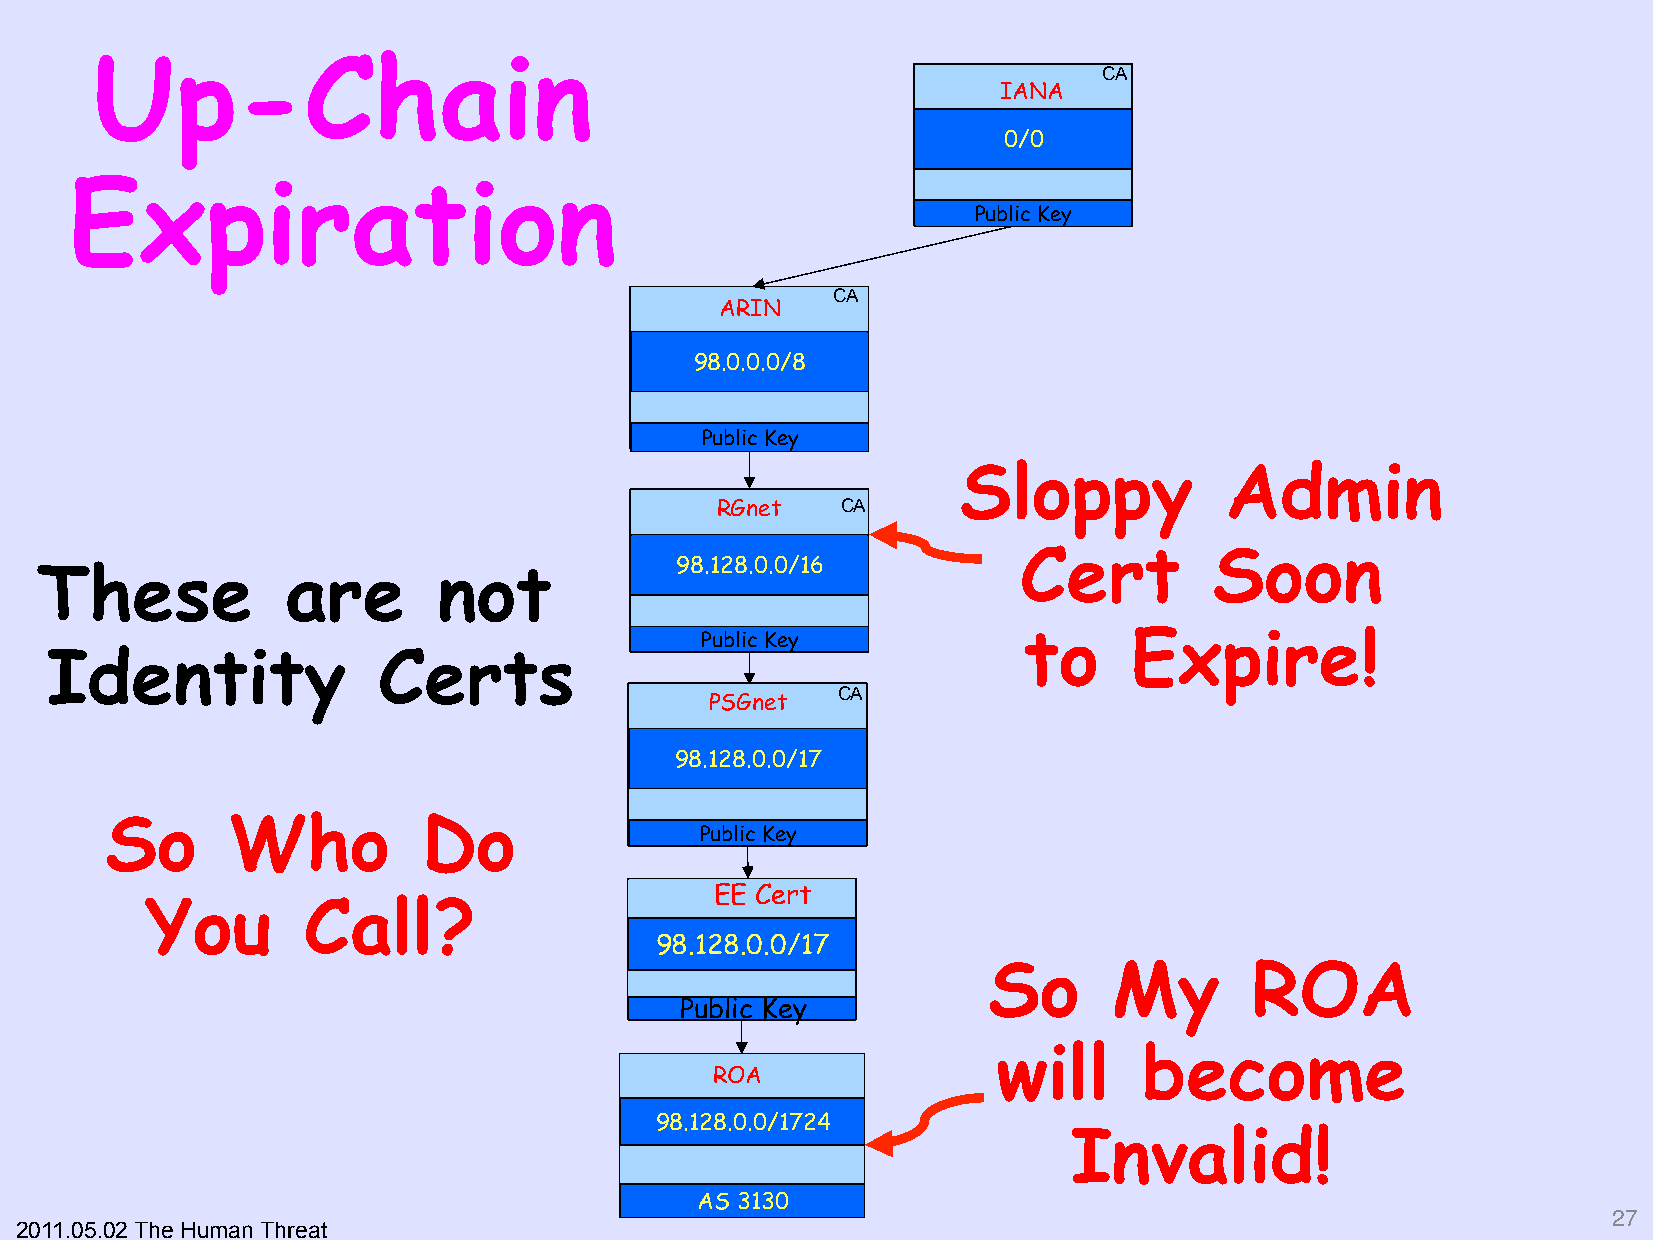
Up-Chain
 CA
 IANA
 0/0
 Expiration
 Public Key
 CA
 ARIN
 98.0.0.0/8
 Public Key
 Sloppy            Admin
 RGnet    CA
 Cert        Soon
 98.128.0.0/16
 These            are       not
 Public Key            to     Expire         !
 Identity              Certs
 CA
 PSGnet
 98.128.0.0/17
 So      Who          Do
 Public Key
 EE Cert
 You       Call?
 98.128.0.0/17
 So       My       ROA
 Public Key
 will      become
 ROA
 98.128.0.0/1724
 Invalid         !
 AS 3130
 27"
 2011.05.02 The Human Threat